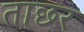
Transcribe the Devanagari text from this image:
ताछर